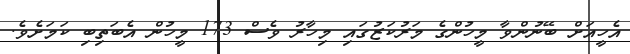
އެހީއަށް ބޭނުންވާ މީހުންގެ މަރުކަޒުގައި މިހާރު ވެސް 173 މީހުން އެބަތިބި ކަމަށެވެ.